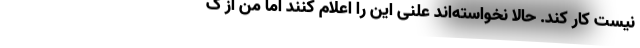
نیست کار کند. حالا نخواسته‌اند علنی این را اعلام کنند اما من از گ